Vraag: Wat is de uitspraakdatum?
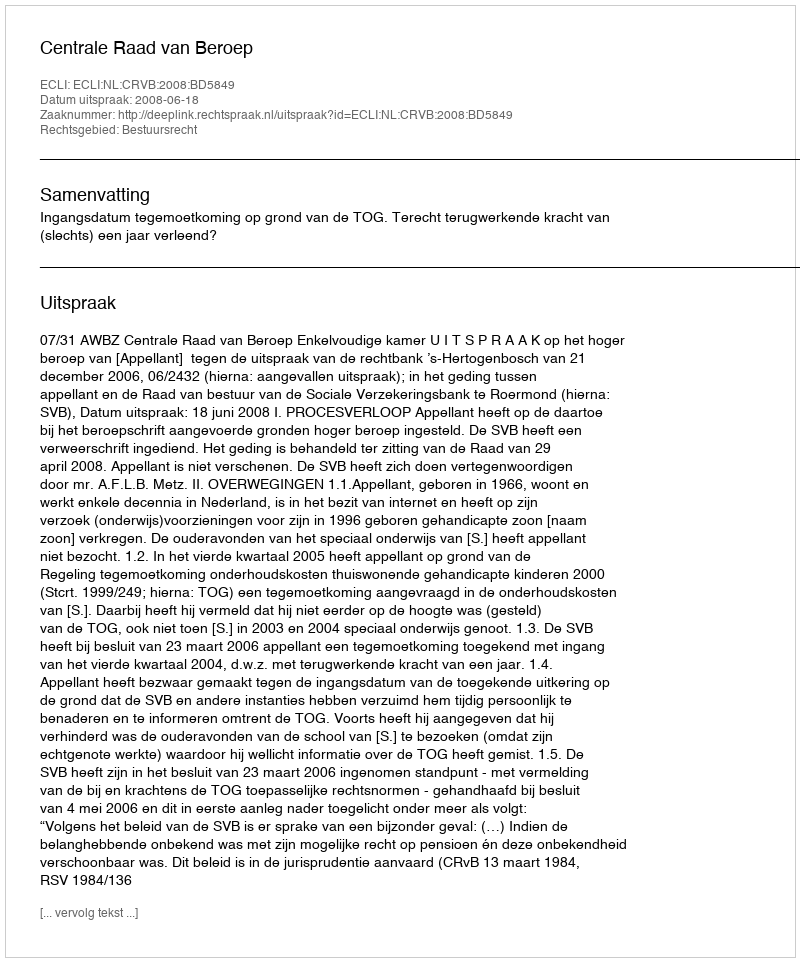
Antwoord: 2008-06-18